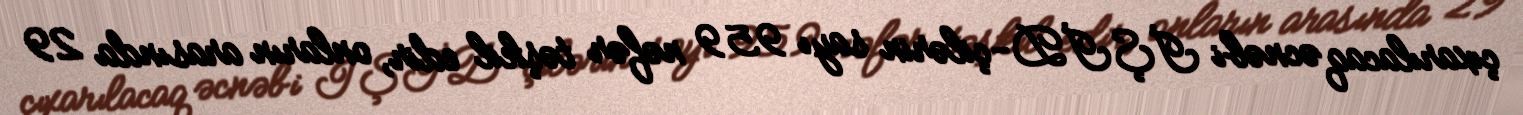
çıxarılacaq əcnəbi İŞİD-çilərin sayı 959 nəfər təşkil edir, onların arasında 29